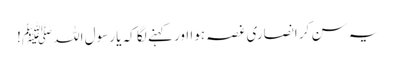
یہ سن کر انصاری غصہ ہوا اور کہنے لگا کہ یا رسول اللہﷺ!